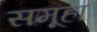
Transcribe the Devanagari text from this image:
समूहा